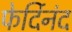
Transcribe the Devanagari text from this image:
फेर्दिनंद